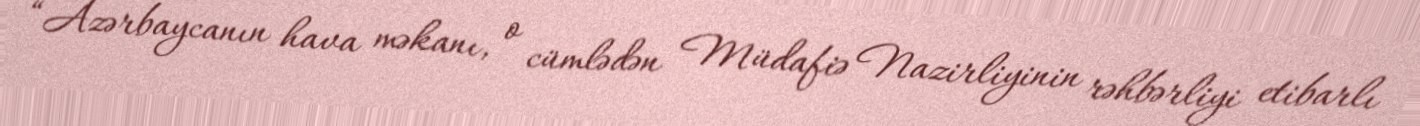
“Azərbaycanın hava məkanı, o cümlədən Müdafiə Nazirliyinin rəhbərliyi etibarlı